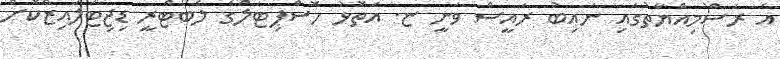
އެ ރަސްމިއްޔާތުގައި ނައިބު ރައީސް ވަނީ ޏ. އަތޮޅު ހޮސްޕިޓަލްގެ ލެބޯޓްރީ ޑިޖިޓަލައިޒްކޮށް